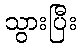
သွားပြီး